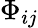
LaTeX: \Phi_{ij}